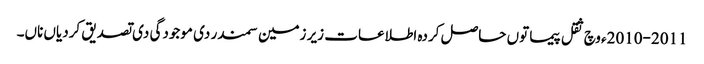
2010-2011ء وچ ثقل پیما تو‏ں حاصل کردہ اطلاعات زیر زمین سمندر دی موجودگی دی تصدیق کردیاں ناں۔